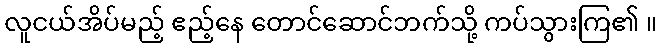
လူငယ်အိပ်မည့် ဧည့်နေ တောင်ဆောင်ဘက်သို့ ကပ်သွားကြ၏ ။